Leaving Certificate Examination (including Day School Certificate (Higher) General paper), 1932
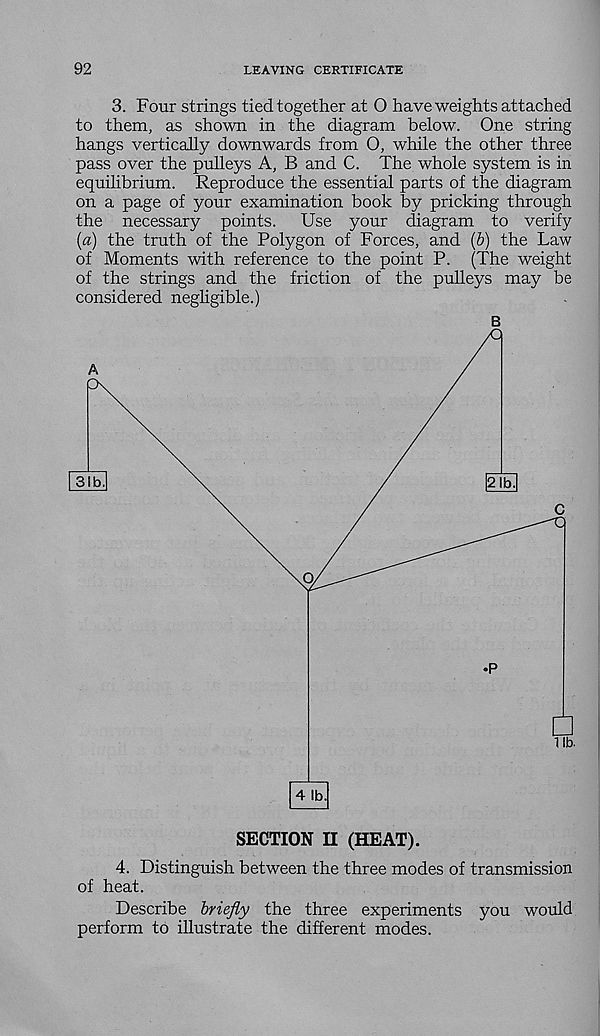
92
LEAVING CERTIFICATE
3. Four strings tied together at O have weights attached
to them, as shown in the diagram below. One string
hangs vertically downwards from 0, while the other three
pass over the pulleys A, B and C. The whole system is in
equilibrium. Reproduce the essential parts of the diagram
on a page of your examination book by pricking through
the necessary points.
Use your diagram to verify
[a) the truth of the Polygon of Forces, and (6) the Law
of Moments with reference to the point P. (The weight
of the strings and the friction of the pulleys may be
considered negligible.)
B
4. Distinguish between the three modes of transmission
of heat.
Describe briefly the three experiments you would
perform to illustrate the different modes.